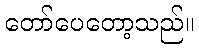
တော်ပေတော့သည်။